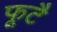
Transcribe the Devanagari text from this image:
फूटै